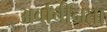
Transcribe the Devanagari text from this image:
अर्वाचीनता